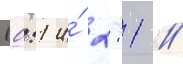
(0:1 и́ 2:1 /